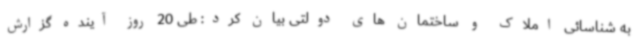
به شناسائی املاک و ساختمان های دولتی بیان کرد: طی 20 روز آینده گزارش